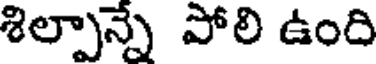
శిల్పాన్నే పోలి ఉంది